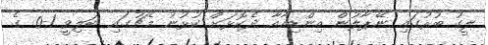
ލީގު ބުރުގައި ނޭޕާލުން އިންޑިއާއާ ދެކޮޅަށް ކުޅުނު މެޗުގައި ބަލިވީ 1-0 ގެ